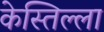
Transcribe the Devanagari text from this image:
केस्तिल्ला